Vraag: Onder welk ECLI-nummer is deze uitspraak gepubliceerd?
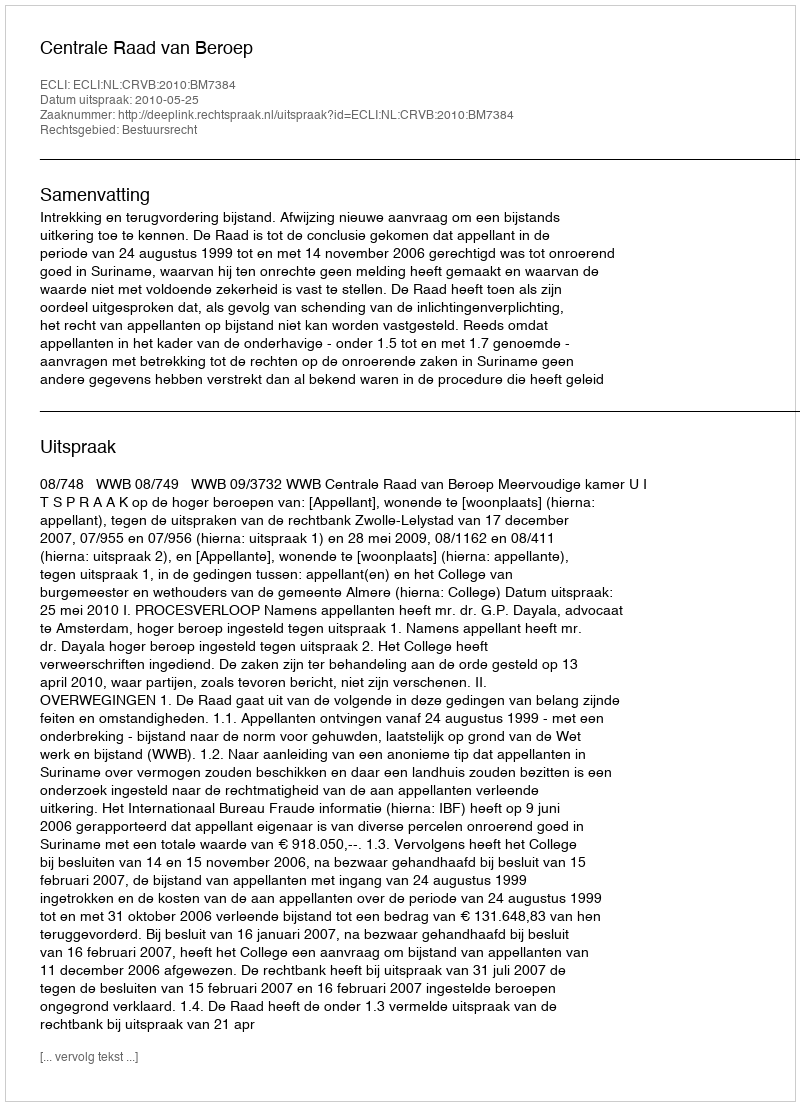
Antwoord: ECLI:NL:CRVB:2010:BM7384